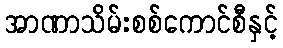
အာဏာသိမ်းစစ်ကောင်စီနှင့်